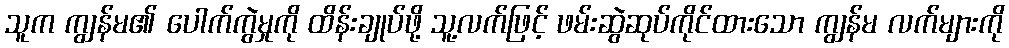
သူက ကျွန်မ၏ ပေါက်ကွဲမှုကို ထိန်းချုပ်ဖို့ သူ့လက်ဖြင့် ဖမ်းဆွဲဆုပ်ကိုင်ထားသော ကျွန်မ လက်များကို